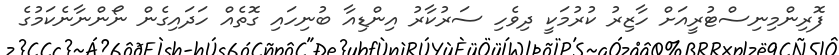
ފޮރިންމިނިސްޓުރީއަށް ހާޒިރު ކުރުމަކީ ދިވެހި ސަރުކާރު އިންޑިއާ ބުނިހައި ގޮތެއް ހަދައިގެން ނޯންނާނެކަމުގެ